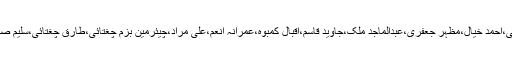
پروفیسر عاشق رحیل،اقبال راہی،حکیم سلیم احمد ملک،شگفتہ غزل ہاشمی،احمد خیال،مظہر جعفری،عبدالماجد ملک،جاوید قاسم،اقبال کمبوہ،عمرانہ انعم،علی مراد،چیئرمین بزمِ چغتائی،طارق چغتائی،سلیم صابر،سہیل احمد لون،ایم زیڈ کنولؔ اور دیگر شعرا ء نے اپنا کلام پیش کیا۔